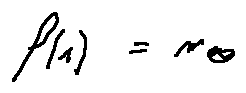
f ( 1 ) = m _ { 0 }